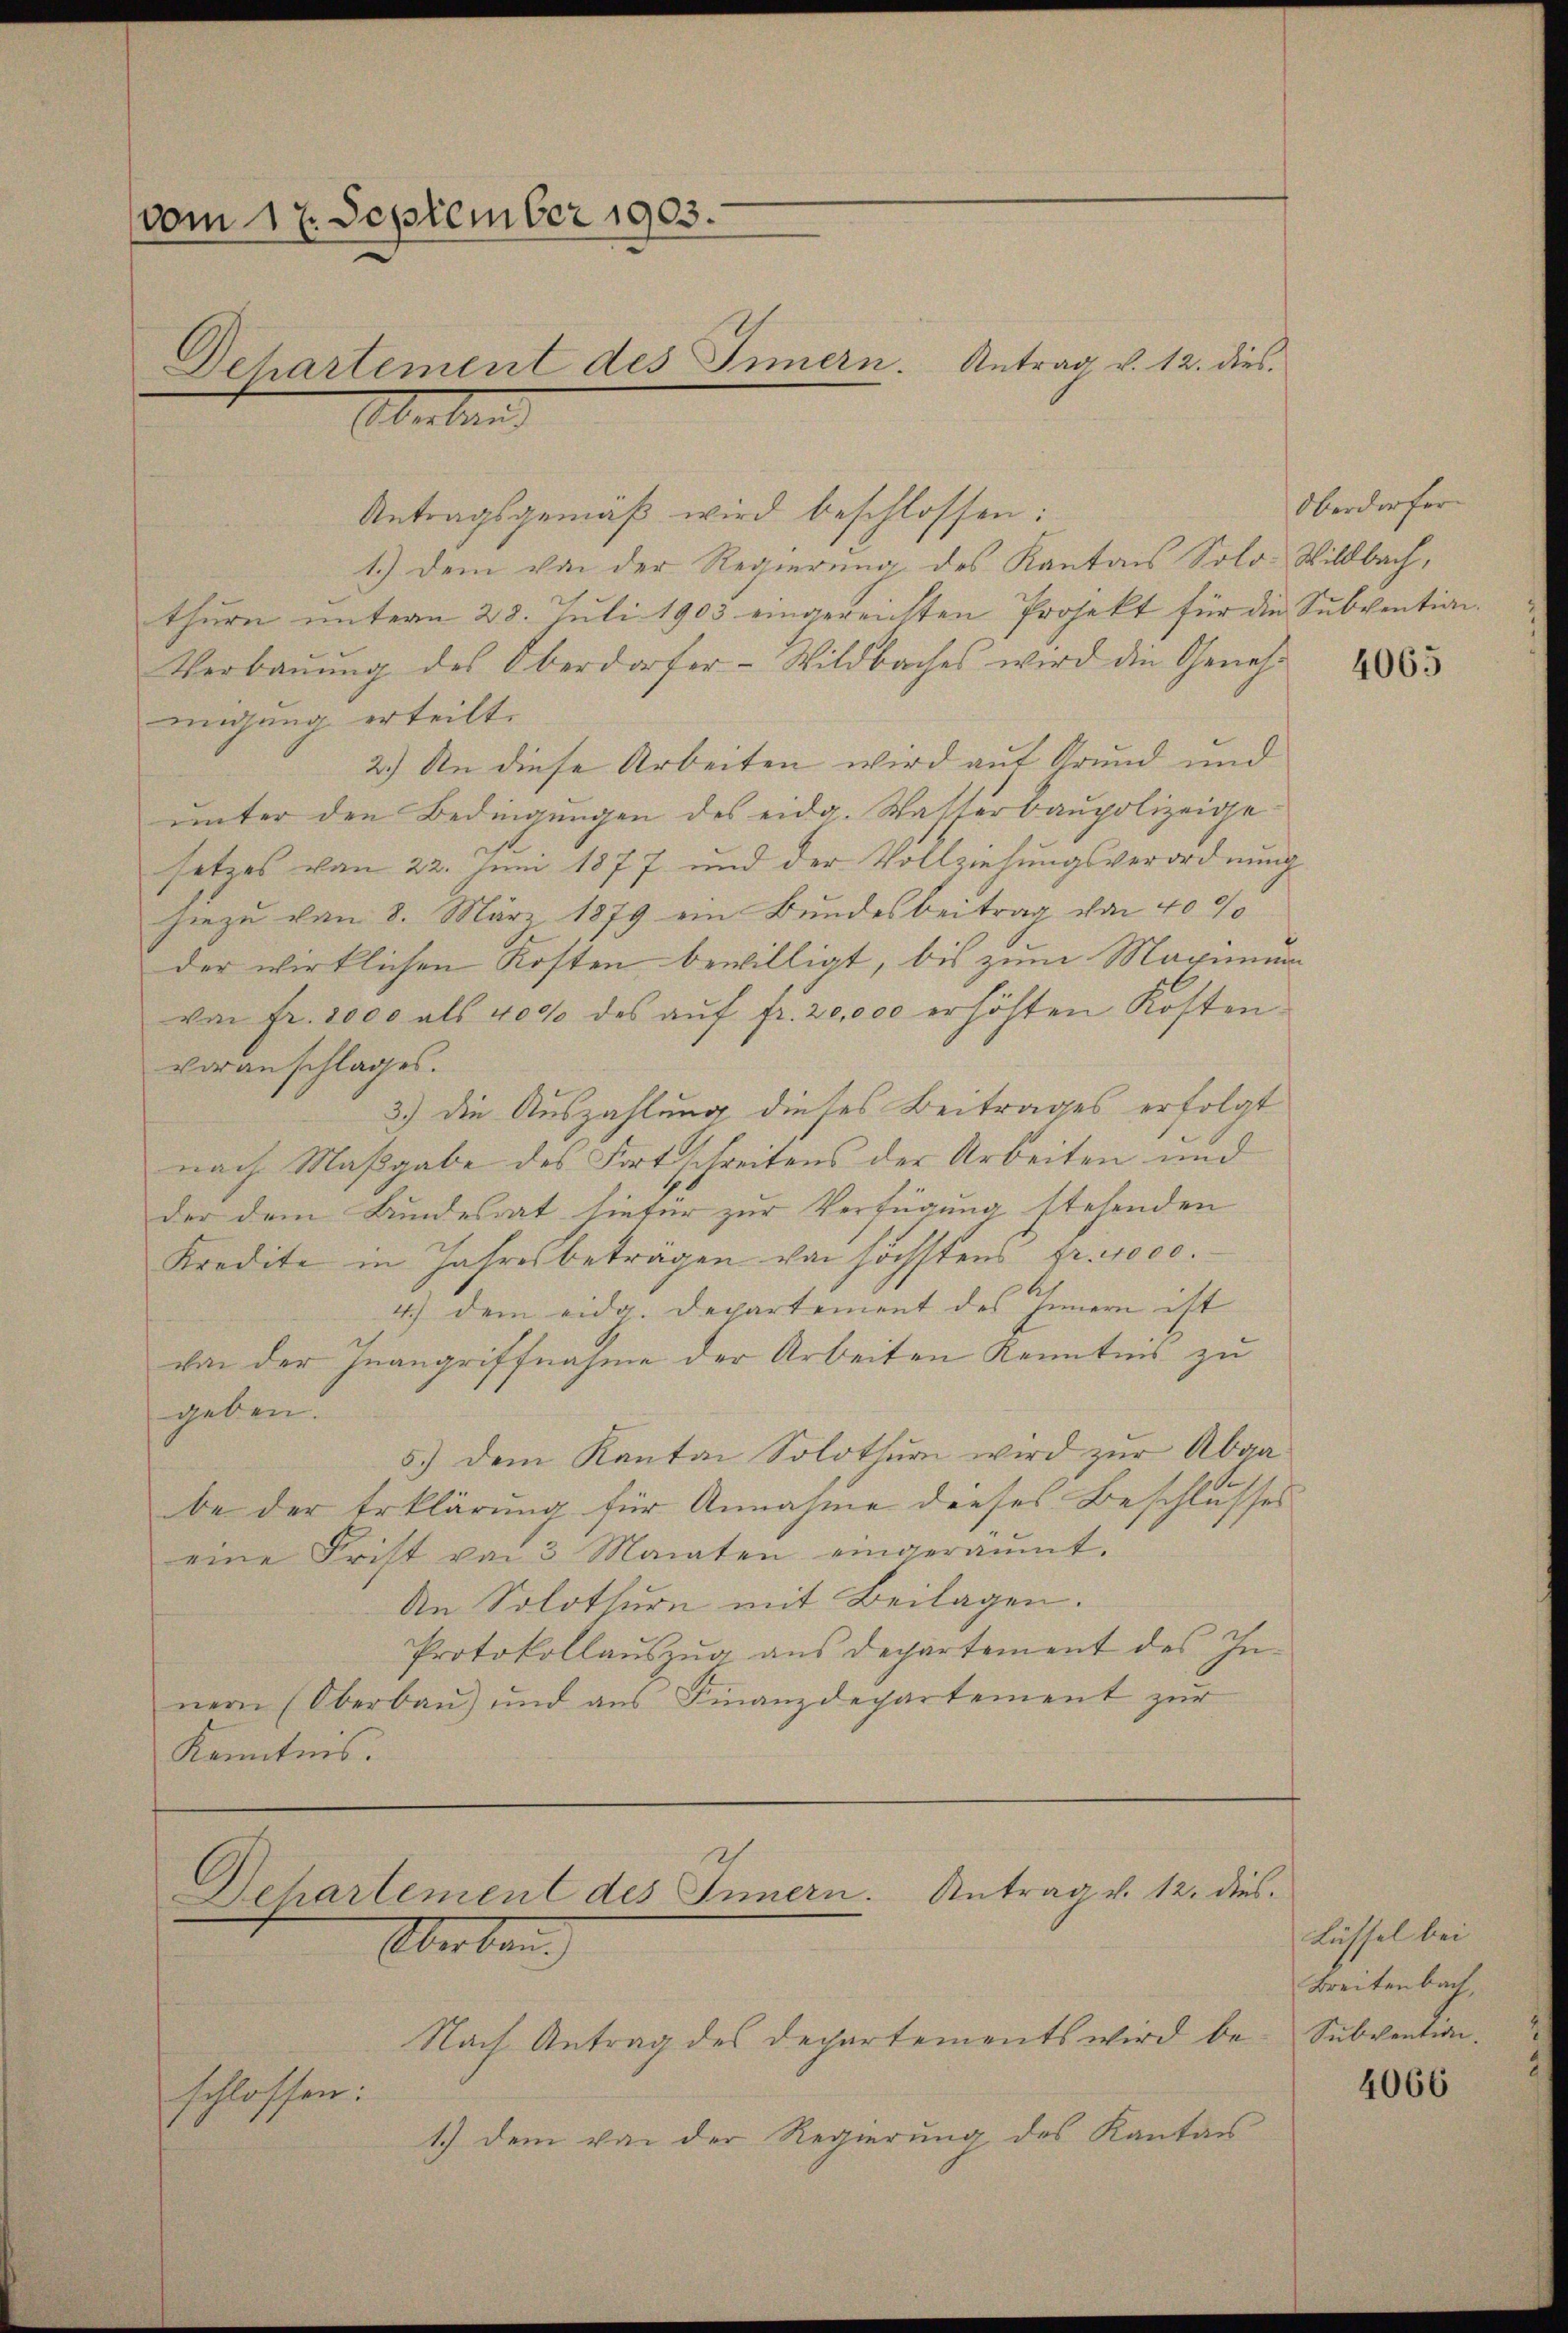
vom 17. September 1903.
Dehartement des Innern. Antrag v. 12. dies
Oberben

Antragsgemäß wird beschlossen:
1.) Dem von der Regierung des Kantons Solo- Wildbach,
thurn unterm 28. Juli 1903 eingereichten Projekt für die Subvention.
Verbaŭŭng des Oberdorfer-Wildbaches wird die Geneh-
migung erteilt.
2.) An diese Arbeiten wird auf Grund und
ŭnter den Bedingŭngen des eidg. Wasserbaupolizeige
setzes von 22. Juni 1877 und der Vollziehungsverordnung
hiezu von 8. März 1879 ein Bundesbeitrag von 40%
der wirklichen Kosten bewilligt, bis zum Maximum
von Fr. 1000 als 4000 des aŭf fr. 20,000 erhöhten Kosten
voranschlages.
3.) Die Auszahlung dieses Beitrages erfolgt
nach Maßgabe des Fortschreitens der Arbeiten und
der dem Bundesrat hiefür zur Verfügung stehenden
Kredita in Jahresbeträgen von höchstens fr. 1000.
4.) dem eidg. Departement des Innern ist
von der Inangriffnahme der Arbeiten Kenntnis zu
geben.
5) dem Kanton Solothur wird zŭr Abgabe der Erklärung für Annahme dieses Beschlusses
eine Frist von 3 Monaten eingeräumt.
An Solothurn mit Beilagen.
Protokollaŭszŭg aŭs departement des In-
nern (Oberbau) und aus Finanzdepartement zur
Kenntnis.

Dehartement des Innern. Antrag v. 12. dies
Oberban
Nach Antrag des Departements wird be¬

schlossen:
1.) Dem von der Regierung des Kanton

Oberdorfer

4065

Lüssel bei
Breitenbach,
Subventin.

4066